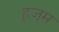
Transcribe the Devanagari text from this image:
हूजूम